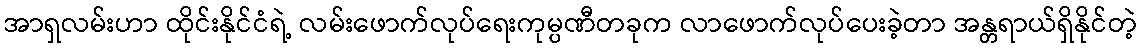
အာရှလမ်းဟာ ထိုင်းနိုင်ငံရဲ့ လမ်းဖောက်လုပ်ရေးကုမ္ပဏီတခုက လာဖောက်လုပ်ပေးခဲ့တာ အန္တရာယ်ရှိနိုင်တဲ့